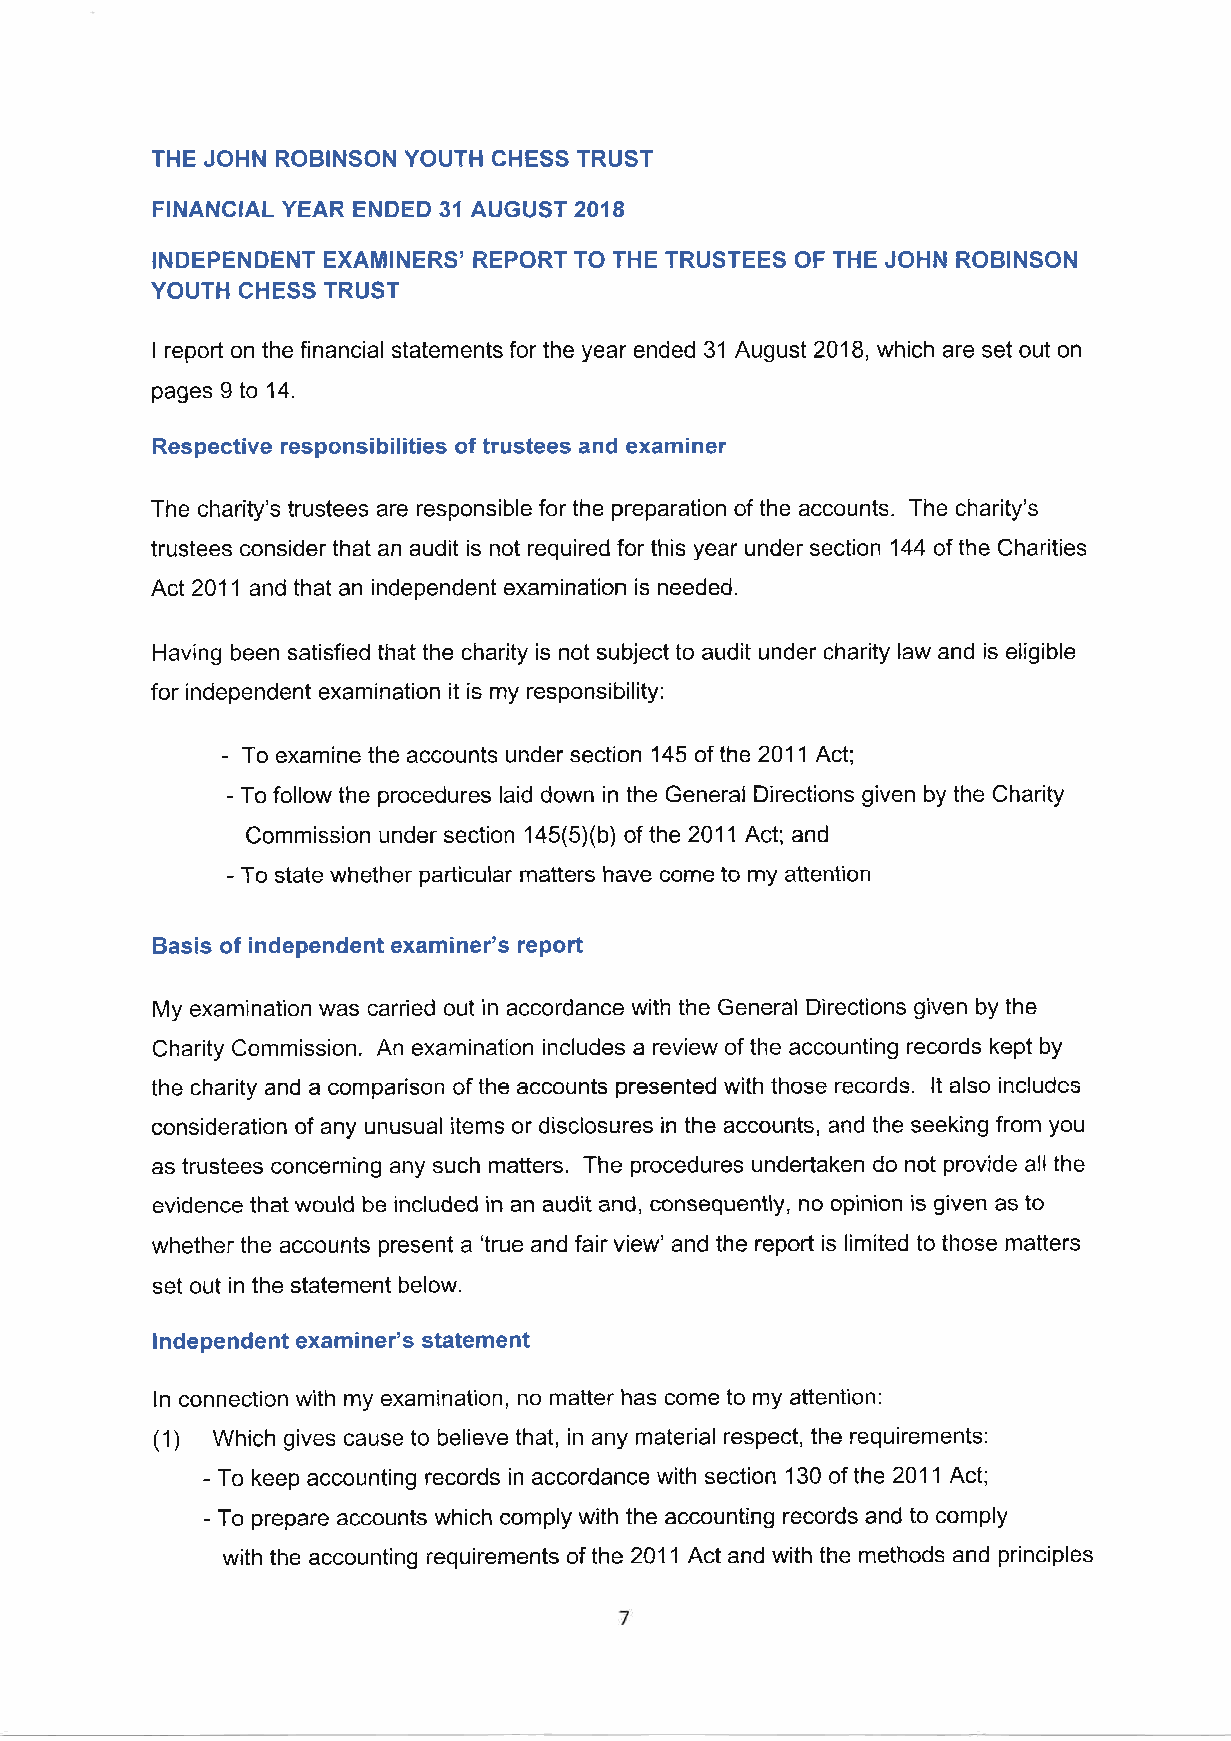
THE JOHN ROBINSON YOUTH CHESS TRUST
 FINANCIAL YEAR ENDED 31 AUGUST 2018
 INDEPENDENT EXAMINERS' REPORT TO THE TRUSTEES OF THE JOHN ROBINSON
 YOUTH CHESS TRUST
 I report on the financial statements for the year ended 31 August 2018, which are set out on
 pages 9 to 14.
 Respective responsibilities of trustees and examiner
 The charity's trustees are responsible for the preparation of the accounts. The charity's
 trustees consider that an audit is not required for this year under section 144 of the Charities
 Acl2011 and that an independent examination is needed.
 Having been satisfied that the charity is not subject to audit under charity law and is eligible
 for independent examination it is my responsibility:
 -
 To examine the accounts under section 145 of the 2011 Act;
 - To follow the procedures laid down in the General Directions given by the Charity
 Commission under section 145(5Xb) of the 2011 Act; and
 - To state whether particular matters have come to my attention
 Basis of independent examiner's report
 My examination was carried out in accordance with the General Directions given by the
 Charity Commission. An examination includes a review of the accounting records kept by
 the charity and a comparison of the accounts presented with those records. lt also includes
 consideration of any unusual items or disclosures in the accounts, and the seeking from you
 as trustees concerning any such matters. The procedures undertaken do not provide all the
 evidence that would be included in an audit and, consequently, no opinion is given as to
 whether the accounts present a 'true and fair view' and the report is limited to those matters
 set out in the statement below.
 lndependent examiner's statement
 ln connection with my examination, no matter has come to my attention:
 (1)
 Which gives cause to believe that, in any material respect, the requirements:
 - To keep accounting records in accordance with section 130 of the 201 1 Act;
 - To prepare accounts which comply with the accounting records and to comply
 with the accountlng requirements of the 2011 Act and with the methods and principles